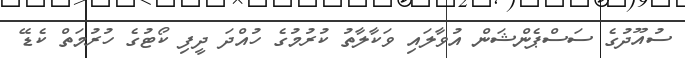
ސުއޫދުގެ ސަސްޕެންޝަން އުވާލައި ވަކާލާތު ކުރުމުގެ ހުއްދަ ދީފި ކޯޓުގެ ހުރުމަތް ކެޑޭ